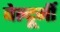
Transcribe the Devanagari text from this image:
बेल्टूर्नी